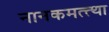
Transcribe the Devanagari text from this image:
नानकमत्त्था